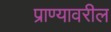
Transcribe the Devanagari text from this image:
प्राण्यावरील